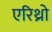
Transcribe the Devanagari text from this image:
एरिथ्रो